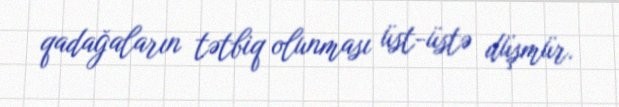
qadağaların tətbiq olunması üst-üstə düşmür.